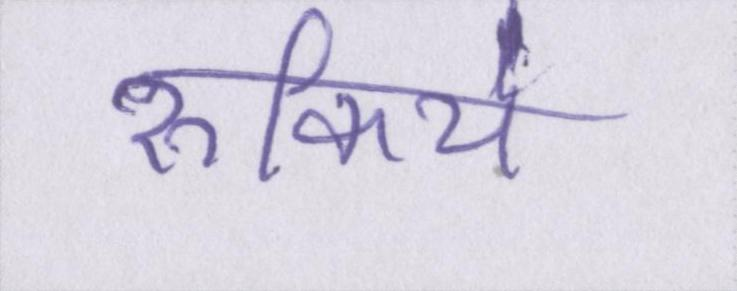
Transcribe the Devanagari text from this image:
रुकिये